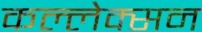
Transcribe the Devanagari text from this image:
कल्लेक्सन